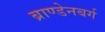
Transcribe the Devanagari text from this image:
ब्राण्डेनबर्ग